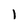
Character: 1